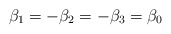
\begin{align*}\beta_1=-\beta_2=-\beta_3=\beta_0\end{align*}